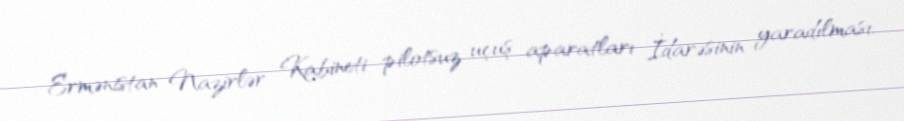
Ermənistan Nazirlər Kabineti pilotsuz uçuş aparatları İdarəsinin yaradılması,